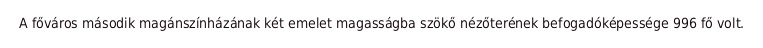
A főváros második magánszínházának két emelet magasságba szökő nézőterének befogadóképessége 996 fő volt.